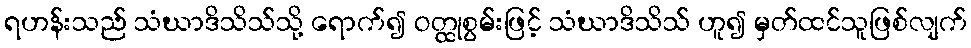
ရဟန်းသည် သံဃာဒိသိသ်သို့ ရောက်၍ ဝတ္ထုစွမ်းဖြင့် သံဃာဒိသိသ် ဟူ၍ မှတ်ထင်သူဖြစ်လျက်